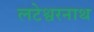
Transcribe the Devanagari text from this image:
लटेश्वरनाथ